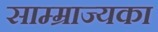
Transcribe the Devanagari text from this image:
साम्म्राज्यका